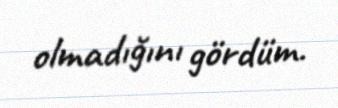
olmadığını gördüm.